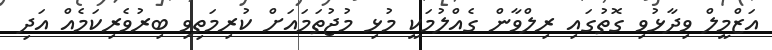
އަޒްމީލް ވިދާޅުވި ގޮތުގައި ރިލްވާން ގެއްލުމަކީ މުޅި މުޖުތަމައަށް ކުރިމަތިވި ބިރުވެރިކަމެއް އަދި